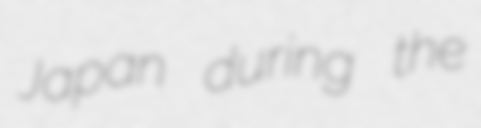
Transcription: Japan during the